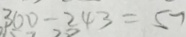
3 0 0 - 2 4 3 = 5 7